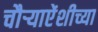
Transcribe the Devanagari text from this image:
चौर्‍याऐंशीच्या